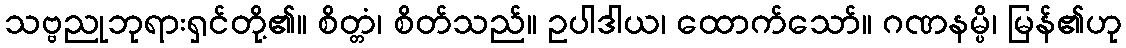
သဗ္ဗညုဘုရားရှင်တို့၏။ စိတ္တံ၊ စိတ်သည်။ ဥပါဒါယ၊ ထောက်သော်။ ဂဏနမ္ပိ၊ မြန်၏ဟု